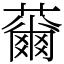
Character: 䕥